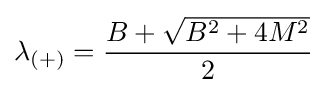
\lambda _{(+)}={\frac {B+{\sqrt {B^{2}+4M^{2}}}}{2}}